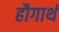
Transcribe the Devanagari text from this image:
हौगार्थ